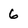
Character: 6